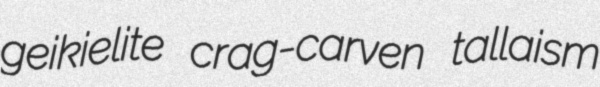
geikielite crag-carven tallaism